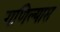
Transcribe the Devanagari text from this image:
गणिल्यास